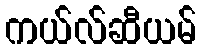
ကယ်လ်ဆီယမ်